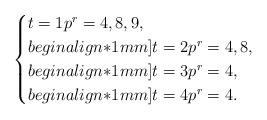
LaTeX: \begin{align*}\begin{cases}t = 1 p^r = 4, 8, 9,\\begin{align*}1mm]t = 2 p^r = 4,8,\\begin{align*}1mm]t = 3 p^r = 4,\\begin{align*}1mm]t = 4 p^r = 4.\end{cases}\end{align*}